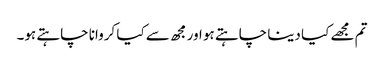
تم مجھے کیا دینا چاہتے ہو اور مجھ سے کیا کروانا چاہتے ہو۔